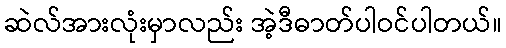
ဆဲလ်အားလုံးမှာလည်း အဲ့ဒီဓာတ်ပါဝင်ပါတယ်။